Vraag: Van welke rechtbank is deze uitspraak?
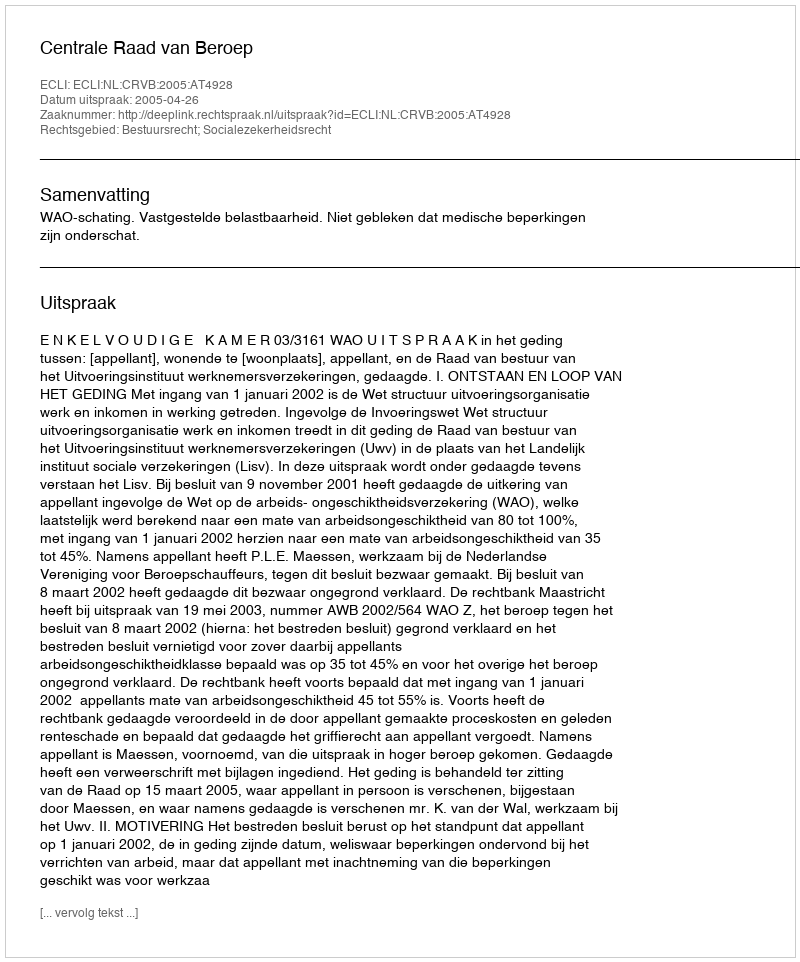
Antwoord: Centrale Raad van Beroep